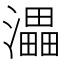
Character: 㵽